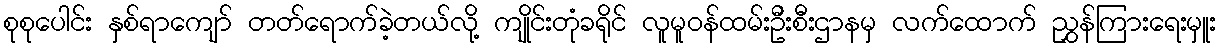
စုစုပေါင်း နှစ်ရာကျော် တတ်ရောက်ခဲ့တယ်လို့ ကျိုင်းတုံခရိုင် လူမူဝန်ထမ်းဦးစီးဌာနမှ လက်ထောက် ညွှန်ကြားရေးမှူး